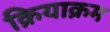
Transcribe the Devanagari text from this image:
क्रियाक्रम